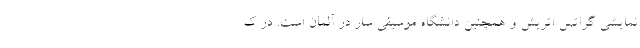
نمایشی گراتس اتریش و همچنین دانشگاه موسیقی سار در آلمان است. در ک